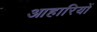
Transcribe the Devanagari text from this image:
आहारियों